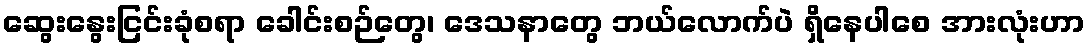
ဆွေးနွေးငြင်းခုံစရာ ခေါင်းစဉ်တွေ၊ ဒေသနာတွေ ဘယ်လောက်ပဲ ရှိနေပါစေ အားလုံးဟာ